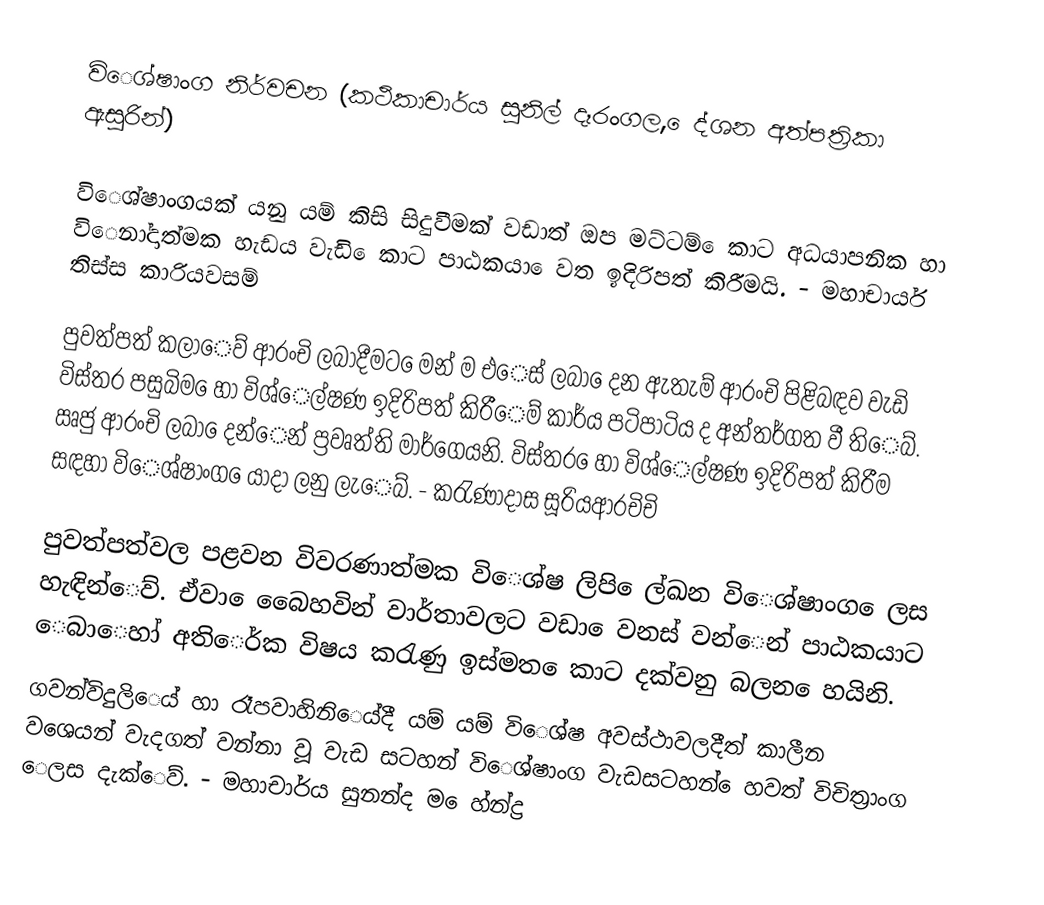
විෙශ්ෂාංග නිර්වචන  (කථිකාචාර්ය සුනිල් දෑරංගල, ෙද්ශන අත්පත්‍රිකා ඇසුරින්)

විෙශ්ෂාංගයක් යනු යම් කිසි සිදුවීමක් වඩාත් ඔප මට්ටම් ෙකාට අධයාපනික හා විෙනා්දාත්මක හැඩය වැඩි ෙකාට පාඨකයා ෙවත ඉදිරිපත් කිරීමයි. - මහාචාර්ය තිස්ස කාරියවසම්

පුවත්පත් කලාෙව් ආරංචි ලබාදීමට ෙමන් ම එෙස් ලබා ෙදන ඇතැම් ආරංචි පිළිබඳව වැඩි විස්තර පසුබිම ෙහා් විශ්ෙල්ෂණ ඉදිරිපත් කිරීෙම් කාර්ය පටිපාටිය ද අන්තර්ගත වී තිෙබ්. ඍජු ආරංචි ලබා ෙදන්ෙන් ප්‍රවෘත්ති මාර්ගෙයනි. විස්තර ෙහා් විශ්ෙල්ෂණ ඉදිරිපත් කිරීම සඳහා විෙශ්ෂාංග ෙයාදා ලනු ලැෙබ්. - කරැණාදාස සූරියආරචිචි

පුවත්පත්වල පළවන විවරණාත්මක විෙශ්ෂ ලිපි ෙල්ඛන විෙශ්ෂාංග ෙලස හැඳින්ෙව්. ඒවා ෙබෙෙහවින් වාර්තාවලට වඩා ෙවනස් වන්ෙන් පාඨකයාට ෙබාෙහා් අතිෙර්ක විෂය කරැණු ඉස්මත ෙකාට දක්වනු බලන ෙහයිනි.
ගවන්විදුලිෙය් හා රෑපවාහිනිෙය්දී යම් යම් විෙශ්ෂ අවස්ථාවලදීත් කාලීන වශෙයන් වැදගත් වන්නා වූ වැඩ සටහන් විෙශ්ෂාංග වැඩසටහන් ෙහවත් විචිත්‍රාංග ෙලස දැක්ෙව්. - මහාචාර්ය සුනන්ද ම ෙහ්න්ද්‍ර